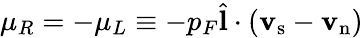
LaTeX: \mu_{R}=-\mu_{L}\equiv-p_{F}{\hat{\mathbf l}}\cdot({\mathbf v}_{\mathrm{s}}-{\mathbf v}_{\mathrm{n}})